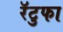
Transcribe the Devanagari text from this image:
रॅटुफा